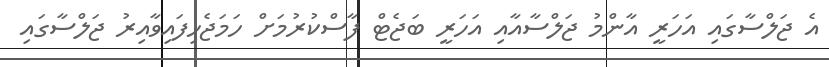
އެ ޖަލްސާގައި އަހަރީ އާންމު ޖަލްސާއާއި އަހަރީ ބަޖެޓް ފާސްކުރުމަށް ހަމަޖެހިފައިވާއިރު ޖަލްސާގައި